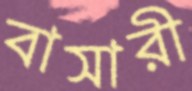
বাসারী